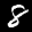
Label: 8